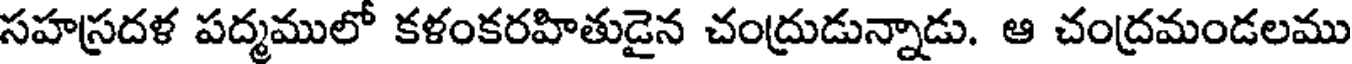
సహస్రదళ పద్మములో కళంకరహితుడైన చంద్రుడున్నాడు. ఆ చంద్రమండలము